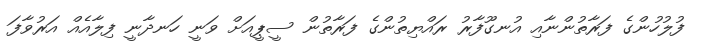
ފުލުހުންގެ ފަރާތުންނާއި އުނގޫފާރު ރައްޔިތުންގެ ފަރާތުން ސީޕީއަށް ވަނީ ހަނދާނީ ފިލާއެއް އަރުވާފަ